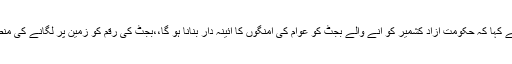
سردار عیتق احمد خان نے کہا کہ حکومت آزاد کشمیر کو آنے والے بجٹ کو عوام کی امنگوں کا آئینہ دار بنانا ہو گا،،بجٹ کی رقم کو زمین پر لگانے کی منصوبہ بندی کرنی چاہئے۔